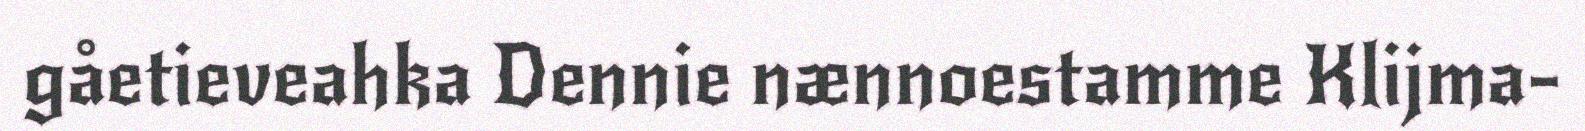
gåetieveahka Dennie nænnoestamme Klijma-